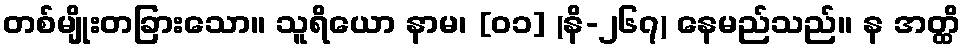
တစ်မျိုးတခြားသော။ သူရိယော နာမ၊ [၀၁] (နိ-၂၆၇) နေမည်သည်။ န အတ္ထိ